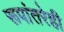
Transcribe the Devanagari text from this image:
रूपांतरेही